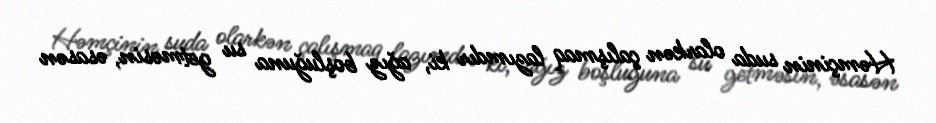
Həmçinin suda olarkən çalışmaq lazımdır ki, ağız boşluğuna su getməsin, əsasən